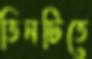
তিনটিতে